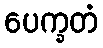
ပေက္ခတံ